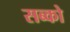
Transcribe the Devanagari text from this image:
सब्को